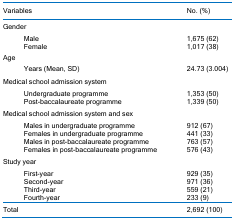
| <COLSPAN=2> Variables | No. (%) |
 | --- | --- | --- |
 | <COLSPAN=2> Gender |  |
 |  | Male | 1,675 (62) |
 |  | Female | 1,017 (38) |
 | <COLSPAN=2> Age |  |
 |  | Years (Mean, SD) | 24.73 (3.004) |
 | <COLSPAN=2> Medical school admission system |  |
 |  | Undergraduate programme | 1,353 (50) |
 |  | Post-baccalaureate programme | 1,339 (50) |
 | <COLSPAN=2> Medical school admission system and sex |  |
 |  | Males in undergraduate programme | 912 (67) |
 |  | Females in undergraduate programme | 441 (33) |
 |  | Males in post-baccalaureate programme | 763 (57) |
 |  | Females in post-baccalaureate programme | 576 (43) |
 | <COLSPAN=2> Study year |  |
 |  | First-year | 929 (35) |
 |  | Second-year | 971 (36) |
 |  | Third-year | 559 (21) |
 |  | Fourth-year | 233 (9) |
 | <COLSPAN=2> Total | 2,692 (100) |